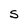
Character: S